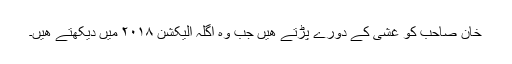
خان صاحب کو غشی کے دورے پڑتے ھیں جب وہ اگلہ الیکشن ۲۰۱۸ میں دیکھتے ھیں۔